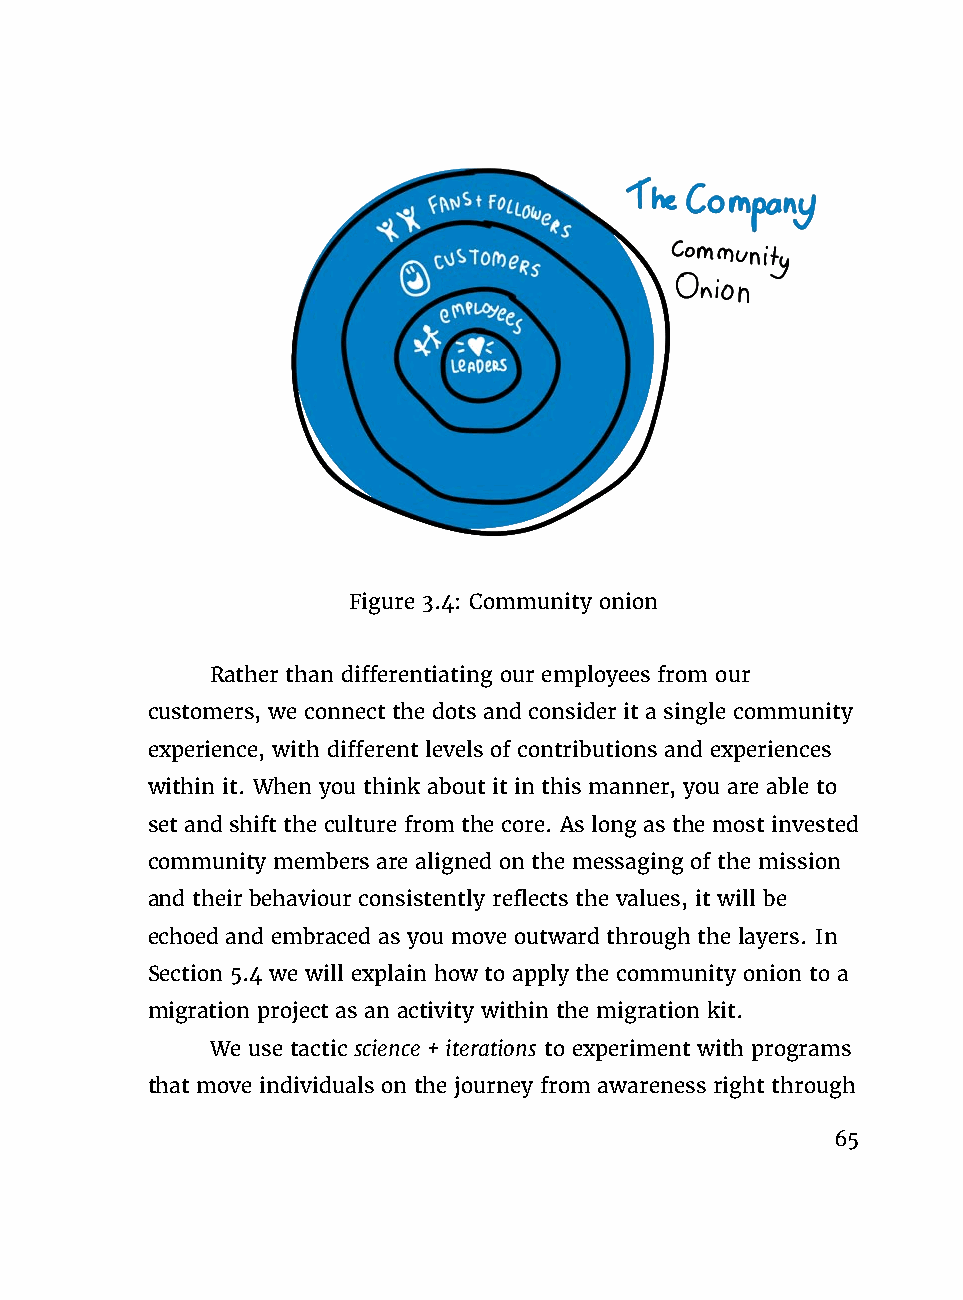
Figure 3.4: Community onion
 Rather than differentiating our employees from our
 customers, we connect the dots and consider it a single community
 experience, with different levels of contributions and experiences
 within it. When you think about it in this manner, you are able to
 set and shift the culture from the core. As long as the most invested
 community members are aligned on the messaging of the mission
 and their behaviour consistently reflects the values, it will be
 echoed and embraced as you move outward through the layers. In
 Section 5.4 we will explain how to apply the community onion to a
 migration project as an activity within the migration kit.
 We use tactic science+iterations to experiment with programs
 that move individuals on the journey from awareness right through
 65